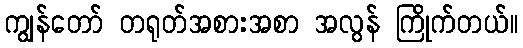
ကျွန်တော် တရုတ်အစားအစာ အလွန် ကြိုက်တယ်။